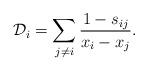
LaTeX: \begin{gather*} {\cal D}_i = \sum_{j \not= i} {1-s_{ij} \over x_i-x_j }.\end{gather*}